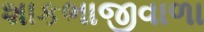
શાકભાજીવાળા